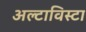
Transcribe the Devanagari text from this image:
अल्टाविस्टा